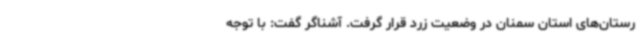
رستان‌های استان سمنان در وضعیت زرد قرار گرفت. آشناگر گفت‌: با توجه